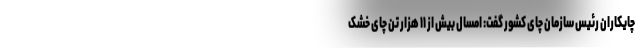
چایکاران رئیس سازمان چای کشور گفت: امسال بیش از ۱۱ هزار تن چای خشک